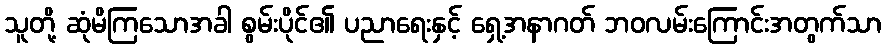
သူတို့ ဆုံမိကြသောအခါ စွမ်းပိုင်၏ ပညာရေးနှင့် ရှေ့အနာဂတ် ဘဝလမ်းကြောင်းအတွက်သာ